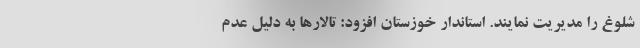
شلوغ را مدیریت نمایند. استاندار خوزستان افزود: تالارها به دلیل عدم